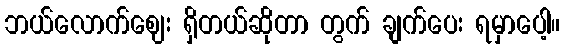
ဘယ်လောက်ဈေး ရှိတယ်ဆိုတာ တွက် ချက်ပေး ရမှာပေါ့။